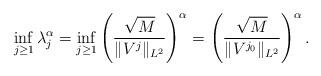
LaTeX: \begin{align*}\inf_{j\geq 1} \lambda^\alpha_j= \inf_{j\geq 1} \left(\frac{\sqrt{M}}{\|V^j\|_{L^2} } \right)^\alpha = \left(\frac{\sqrt{M}}{\|V^{j_0}\|_{L^2} }\right)^\alpha. \end{align*}